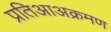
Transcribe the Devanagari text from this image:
प्रतिआअक्रमण